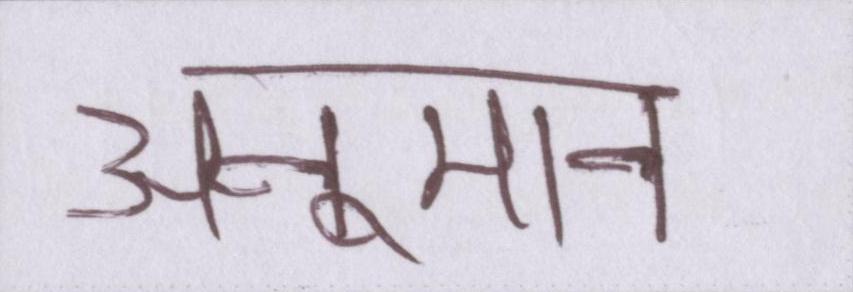
अनुमान